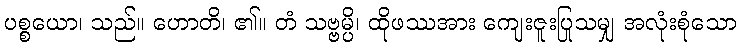
ပစ္စယော၊ သည်။ ဟောတိ၊ ၏။ တံ သဗ္ဗမ္ပိ၊ ထိုဖဿအား ကျေးဇူးပြုသမျှ အလုံးစုံသော